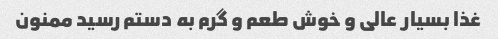
غذا بسیار عالی و خوش طعم و گرم به دستم رسید ممنون